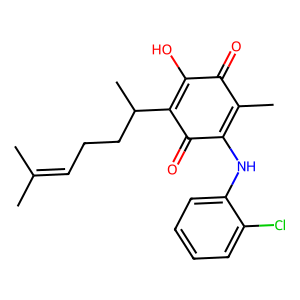
SMILES: CC(C)=CCCC(C)C1=C(O)C(=O)C(C)=C(Nc2ccccc2Cl)C1=O
Inhibits HIV replication: No